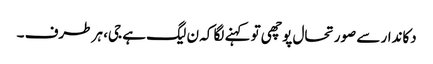
دکاندار سے صورتحال پوچھی تو کہنے لگا کہ ن لیگ ہے جی، ہر طرف ۔